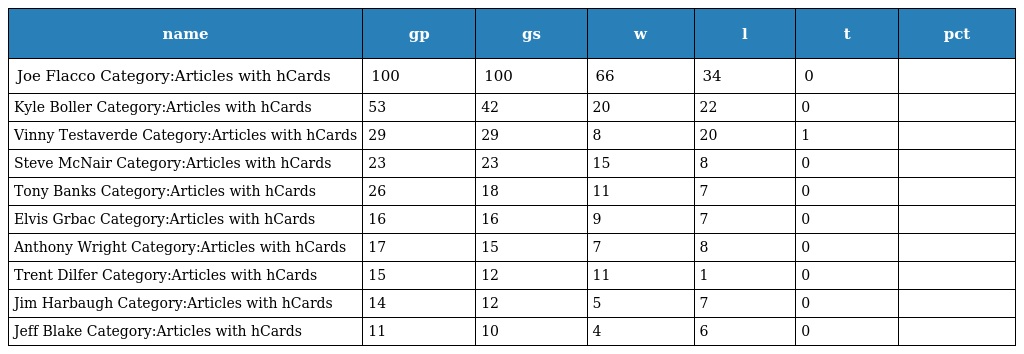
| name | gp | gs | w | l | t | pct |
 | --- | --- | --- | --- | --- | --- | --- |
 | Joe Flacco Category:Articles with hCards | 100 | 100 | 66 | 34 | 0 |  |
 | Kyle Boller Category:Articles with hCards | 53 | 42 | 20 | 22 | 0 |  |
 | Vinny Testaverde Category:Articles with hCards | 29 | 29 | 8 | 20 | 1 |  |
 | Steve McNair Category:Articles with hCards | 23 | 23 | 15 | 8 | 0 |  |
 | Tony Banks Category:Articles with hCards | 26 | 18 | 11 | 7 | 0 |  |
 | Elvis Grbac Category:Articles with hCards | 16 | 16 | 9 | 7 | 0 |  |
 | Anthony Wright Category:Articles with hCards | 17 | 15 | 7 | 8 | 0 |  |
 | Trent Dilfer Category:Articles with hCards | 15 | 12 | 11 | 1 | 0 |  |
 | Jim Harbaugh Category:Articles with hCards | 14 | 12 | 5 | 7 | 0 |  |
 | Jeff Blake Category:Articles with hCards | 11 | 10 | 4 | 6 | 0 |  |